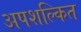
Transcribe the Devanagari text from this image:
अपशल्कित